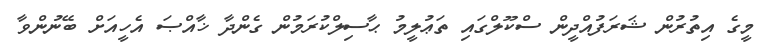
މީގެ އިތުރުން ޝަރަފުއްދީން ސްކޫލްގައި ތަޢުލީމު ޙާސިލްކުރަމުން ގެންދާ ޚާއްޞަ އެހީއަށް ބޭނުންވާ